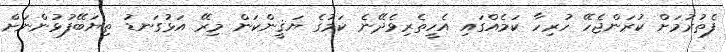
ފެތުރުމަށް ކުރަންޖެހޭ ހުރިހާ ކަމެއްގައި އެހީތެރިވެދޭނެ ކަމުގެ ޔަޤީންކަން މިރޭ އަޅުގަނޑު ތިޔަބޭފުޅުންނަށް